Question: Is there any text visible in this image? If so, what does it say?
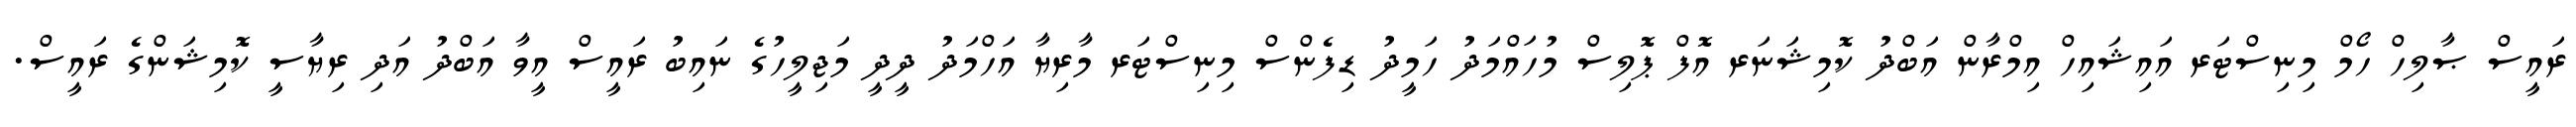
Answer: ރައީސް ޞާލިހް ހޯމް މިނިސްޓަރ އައިޝައިހް އިމްރާން އަބްދު ކޮމިޝަނަރ އޮފް ޕޮލިސް މުހައްމަދު ހަމީދު ޑިފެންސް މިނިސްޓަރ މާރިޔާ އަހްމަދު ދީދީ މަޖިލީހުގެ ނައިބު ރައީސް އީވާ އަބްދު އަދި ރިޔާސީ ކޮމިޝަންގެ ރައީސް.